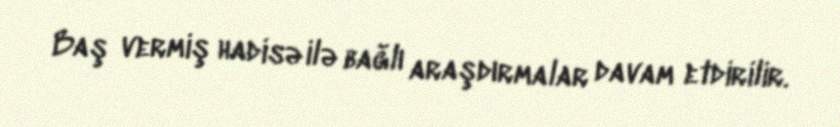
Baş vermiş hadisə ilə bağlı araşdırmalar davam etdirilir.